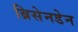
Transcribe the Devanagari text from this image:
ब्रिसेनडेन